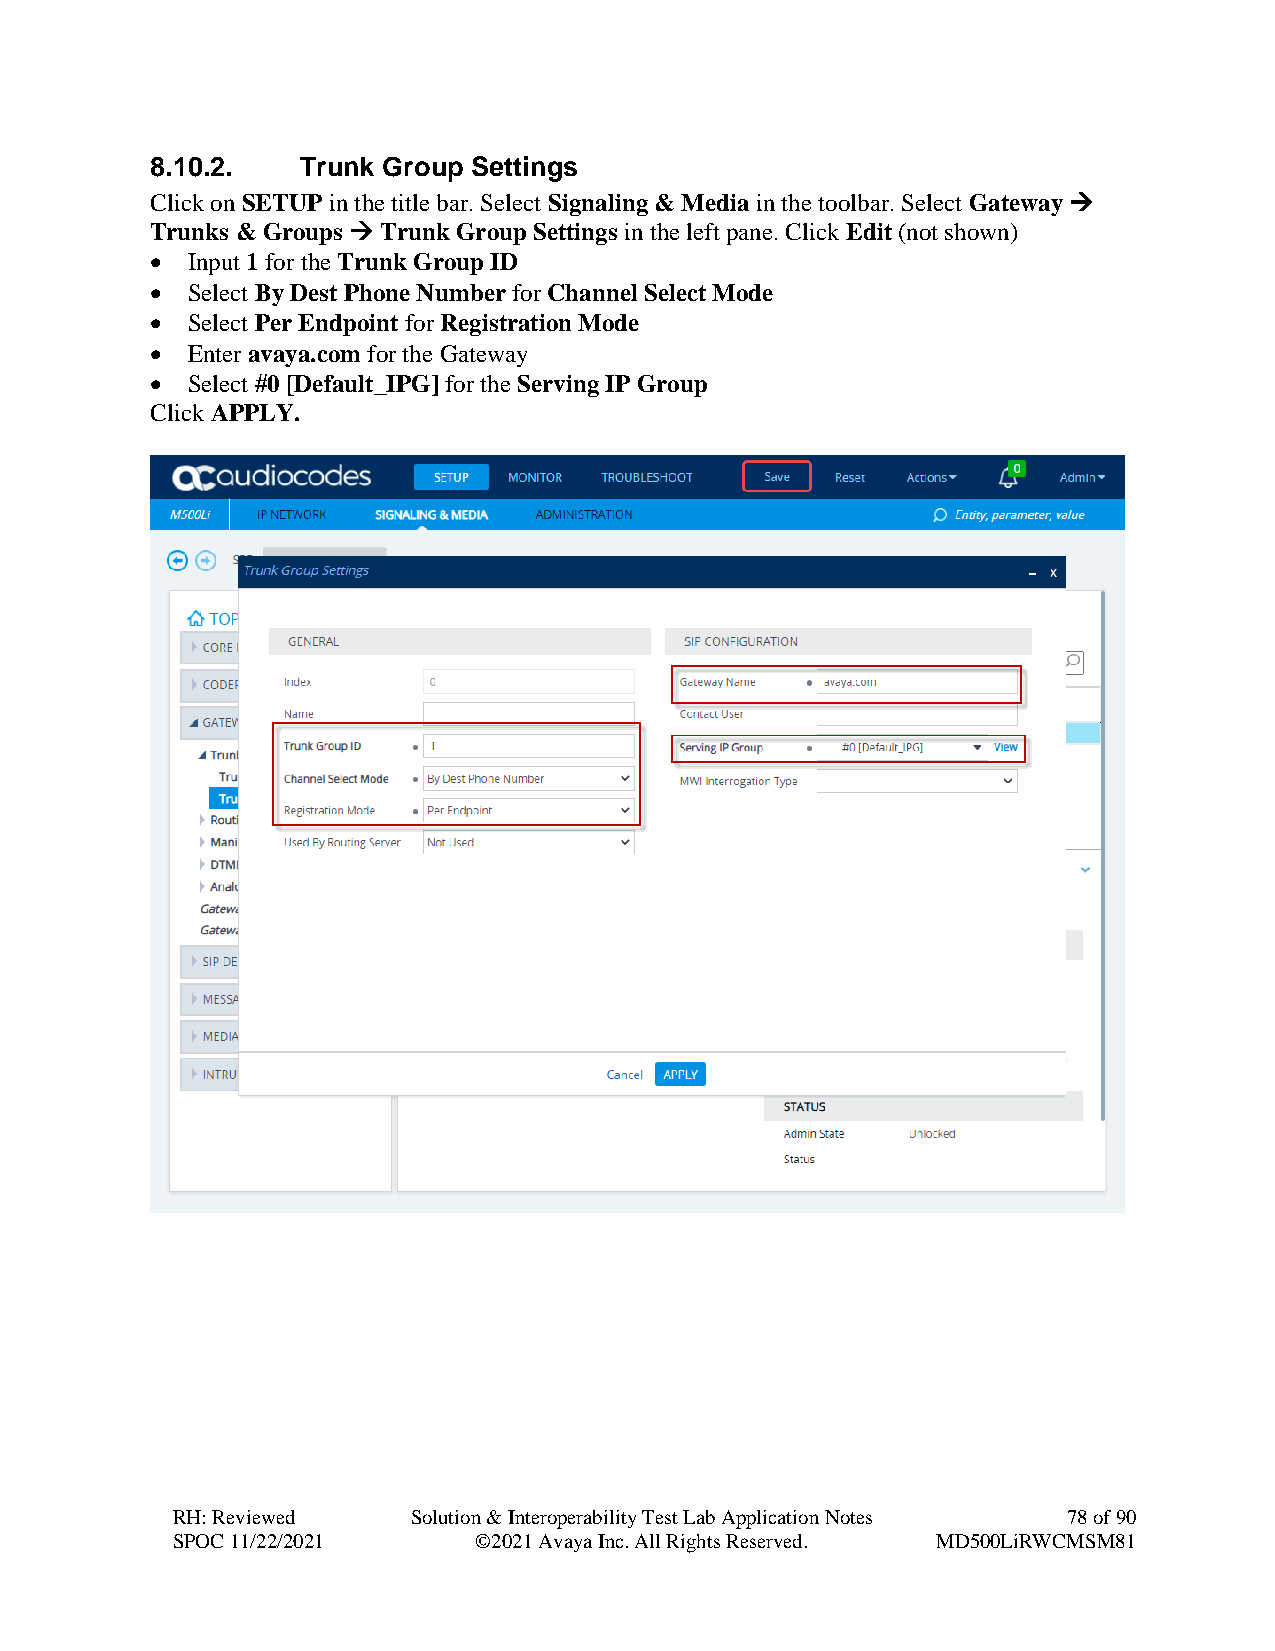
8.10.2.   Trunk Group Settings
 Click on SETUP in the title bar. Select Signaling & Media in the toolbar. Select Gateway →
 Trunks & Groups → Trunk Group Settings in the left pane. Click Edit (not shown)
 • Input 1 for the Trunk Group ID
 • Select By Dest Phone Number for Channel Select Mode
 • Select Per Endpoint for Registration Mode
 • Enter avaya.com for the Gateway
 • Select #0 [Default_IPG] for the Serving IP Group
 Click APPLY.
 RH: Reviewed    Solution & Interoperability Test Lab Application Notes 78 of 90
 SPOC 11/22/2021     ©2021 Avaya Inc. All Rights Reserved. MD500LiRWCMSM81